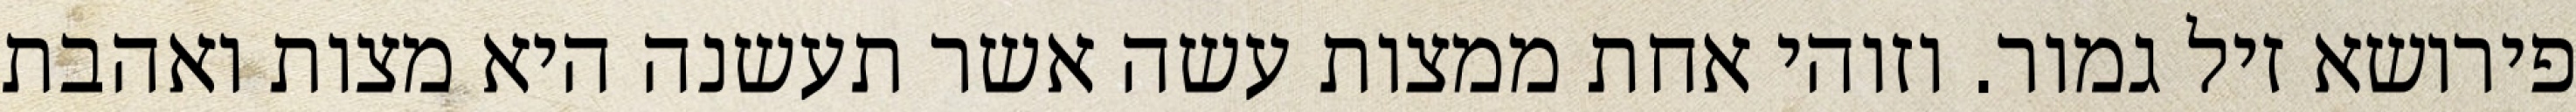
פירושא זיל גמור. וזוהי אחת ממצות עשה אשר תעשנה היא מצות ואהבת